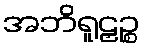
အဘိရူဠှဉ္စ